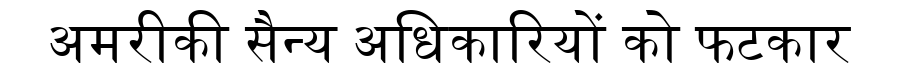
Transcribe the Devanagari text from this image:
अमरीकी सैन्य अधिकारियों को फटकार